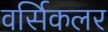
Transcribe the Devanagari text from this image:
वर्सिकलर